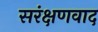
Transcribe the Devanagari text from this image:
सरंक्षणवाद